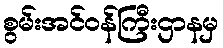
စွမ်းအင်ဝန်ကြီးဌာနမှ